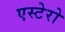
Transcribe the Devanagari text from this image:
एस्टेरो